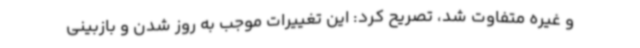
و غیره متفاوت شد، تصریح کرد: این تغییرات موجب به روز شدن و بازبینی